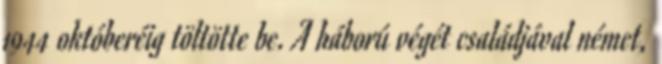
1944 októberéig töltötte be. A háború végét családjával német,